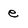
Character: e